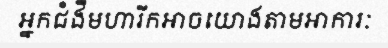
អ្នកជំងឺមហារីកអាចយោងតាមអាការៈ